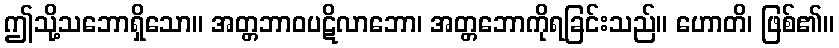
ဤသို့သဘောရှိသော။ အတ္တဘာဝပဋိလာဘော၊ အတ္တဘောကိုရခြင်းသည်။ ဟောတိ၊ ဖြစ်၏။